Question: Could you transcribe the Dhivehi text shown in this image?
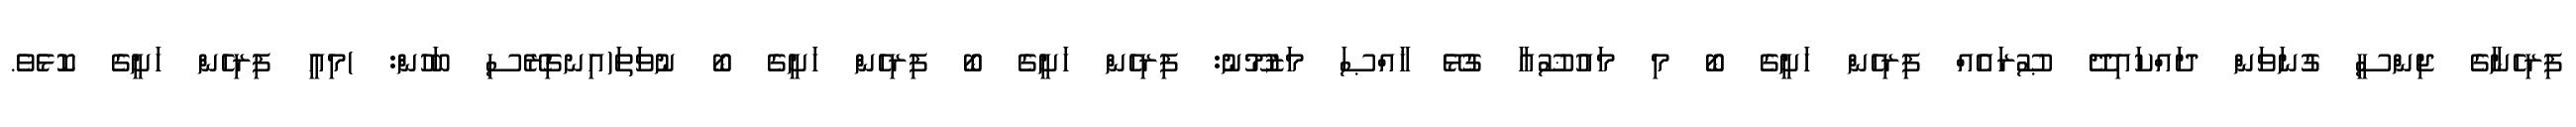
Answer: ފިރިހެނާގެ ޖިންސީ ގުނަވަން ދައްކައިދޭ ޞޫރައެއް ފިރިހެން ހަށީގެ ބޯ މި މައުޟޫޢާ ގުޅޭ ޚާއްޞަ މަޒުމޫނު: ފިރިހެން ހަށީގެ ބޯ ފިރިހެން ހަށީގެ ބޯ ނުވަތަ(އިނގިރޭސި ބަހުން: )މިއީ ފިރިހެން ހަށީގެ ކޮޅެވެ.